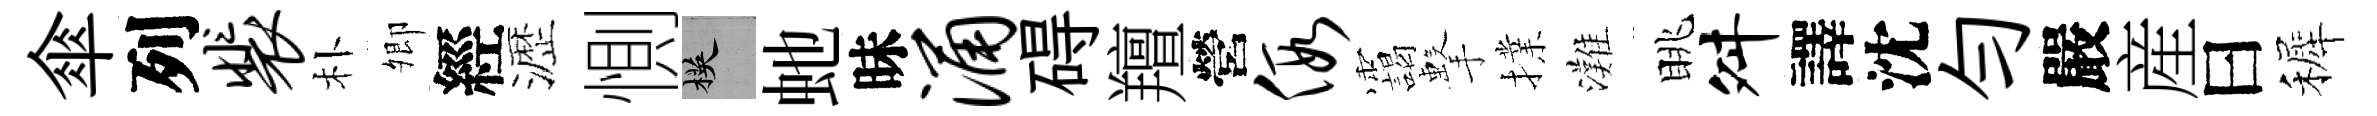
傘列裴朴𡖖經瀝惻楧虵昧涌碍羶營假靄擊擈灘眺舛譯沈勻嚴産曰裤